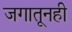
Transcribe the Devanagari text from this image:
जगातूनही